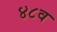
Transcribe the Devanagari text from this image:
४८व